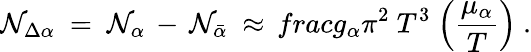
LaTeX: \mathcal{N}_{\Delta\alpha}\ =\ \mathcal{N}_{\alpha}\, -\, \mathcal{N}_{\bar{{\alpha}}}\ \approx\, frac{g_{\alpha}}{\pi^{2}}\ T^{3}\ \Big(\frac{{\mu_{\alpha}}}{{T}}\Big)\ .